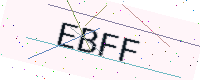
Text: EBFF